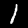
Label: 1